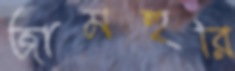
জামহুরি